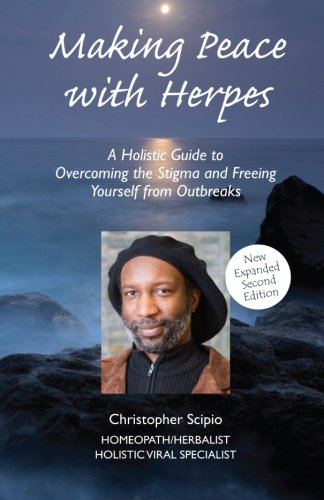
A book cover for Making Peace with Herpes: A Holistic Guide to Overcoming the Stigma and Freeing Yourself from Outbreaks; Christopher Scipio; Health, Fitness & Dieting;